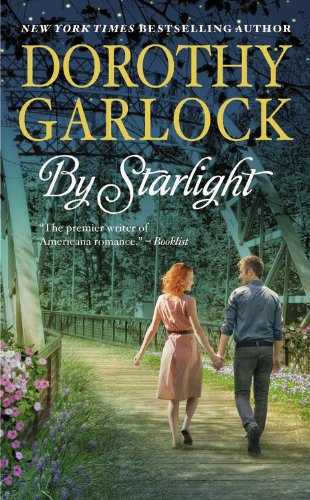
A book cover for By Starlight; Dorothy Garlock; Romance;